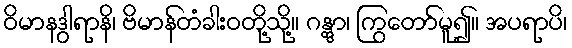
ဝိမာနဒွါရာနိ၊ ဗိမာန်တံခါးဝတို့သို့။ ဂန္တွာ၊ ကြွတော်မူ၍။ အပရာပိ၊